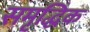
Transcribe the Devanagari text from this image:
समृद्धिक